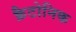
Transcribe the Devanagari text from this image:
क्रैटोनिक